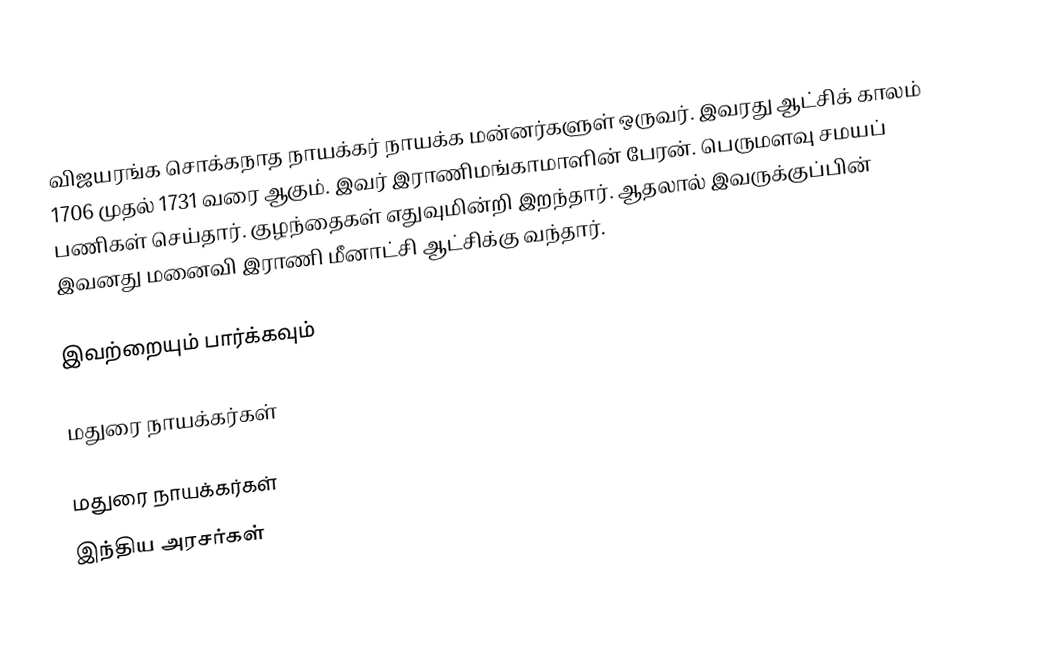
விஜயரங்க சொக்கநாத நாயக்கர் நாயக்க மன்னர்களுள் ஒருவர். இவரது ஆட்சிக் காலம் 1706 முதல் 1731 வரை ஆகும். இவர் இராணிமங்காமாளின் பேரன். பெருமளவு சமயப் பணிகள் செய்தார். குழந்தைகள் எதுவுமின்றி இறந்தார். ஆதலால் இவருக்குப்பின் இவனது மனைவி இராணி மீனாட்சி ஆட்சிக்கு வந்தார்.

இவற்றையும் பார்க்கவும்

 மதுரை நாயக்கர்கள்

மதுரை நாயக்கர்கள்
 இந்திய அரசர்கள்